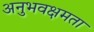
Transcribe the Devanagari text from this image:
अनुभवक्षमता